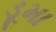
ડૂમા